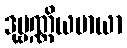
ဒုဗ္ဗဏ္ဏိယမာယာ